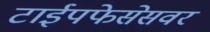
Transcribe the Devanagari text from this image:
टाईपफेसेसवर